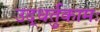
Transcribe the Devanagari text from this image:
उद्धर्तुकामः